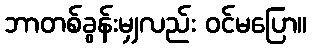
ဘာတစ်ခွန်းမျှလည်း ဝင်မပြော။